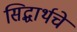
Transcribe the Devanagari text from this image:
सिद्धार्थचे